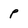
Character: p